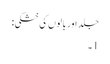
جلد اور بالوں کی خشکی:
1۔